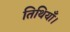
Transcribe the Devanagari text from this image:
तिथियाँ।